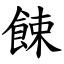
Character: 餗